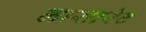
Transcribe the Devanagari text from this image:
लासारेट